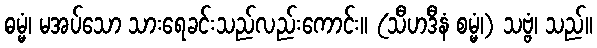
ဓမ္မံ၊ မအပ်သော သားရေခင်းသည်လည်းကောင်း။ (သီဟဒီနံ စမ္မံ၊) သဗ္ဗံ၊ သည်။